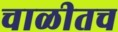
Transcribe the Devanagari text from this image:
चाळीतच